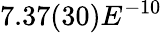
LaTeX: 7.37(30)E^{-10}